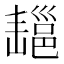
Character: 𢀄